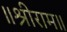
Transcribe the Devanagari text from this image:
॥श्रीराम॥